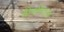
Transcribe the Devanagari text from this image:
वीसीएस